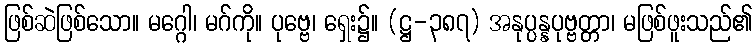
ဖြစ်ဆဲဖြစ်သော။ မဂ္ဂေါ၊ မဂ်ကို။ ပုဗ္ဗေ၊ ရှေး၌။ (ဋ္ဌ-၃၈၇) အနုပ္ပန္နပုဗ္ဗတ္တာ၊ မဖြစ်ဖူးသည်၏